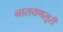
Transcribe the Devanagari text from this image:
नारायणसूरी